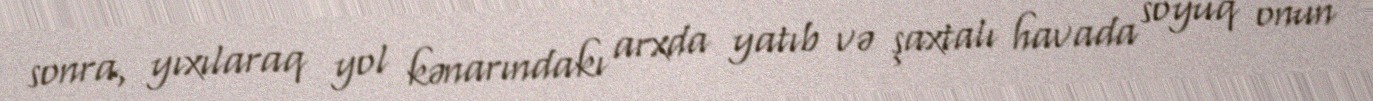
sonra, yıxılaraq yol kənarındakı arxda yatıb və şaxtalı havada soyuq onun